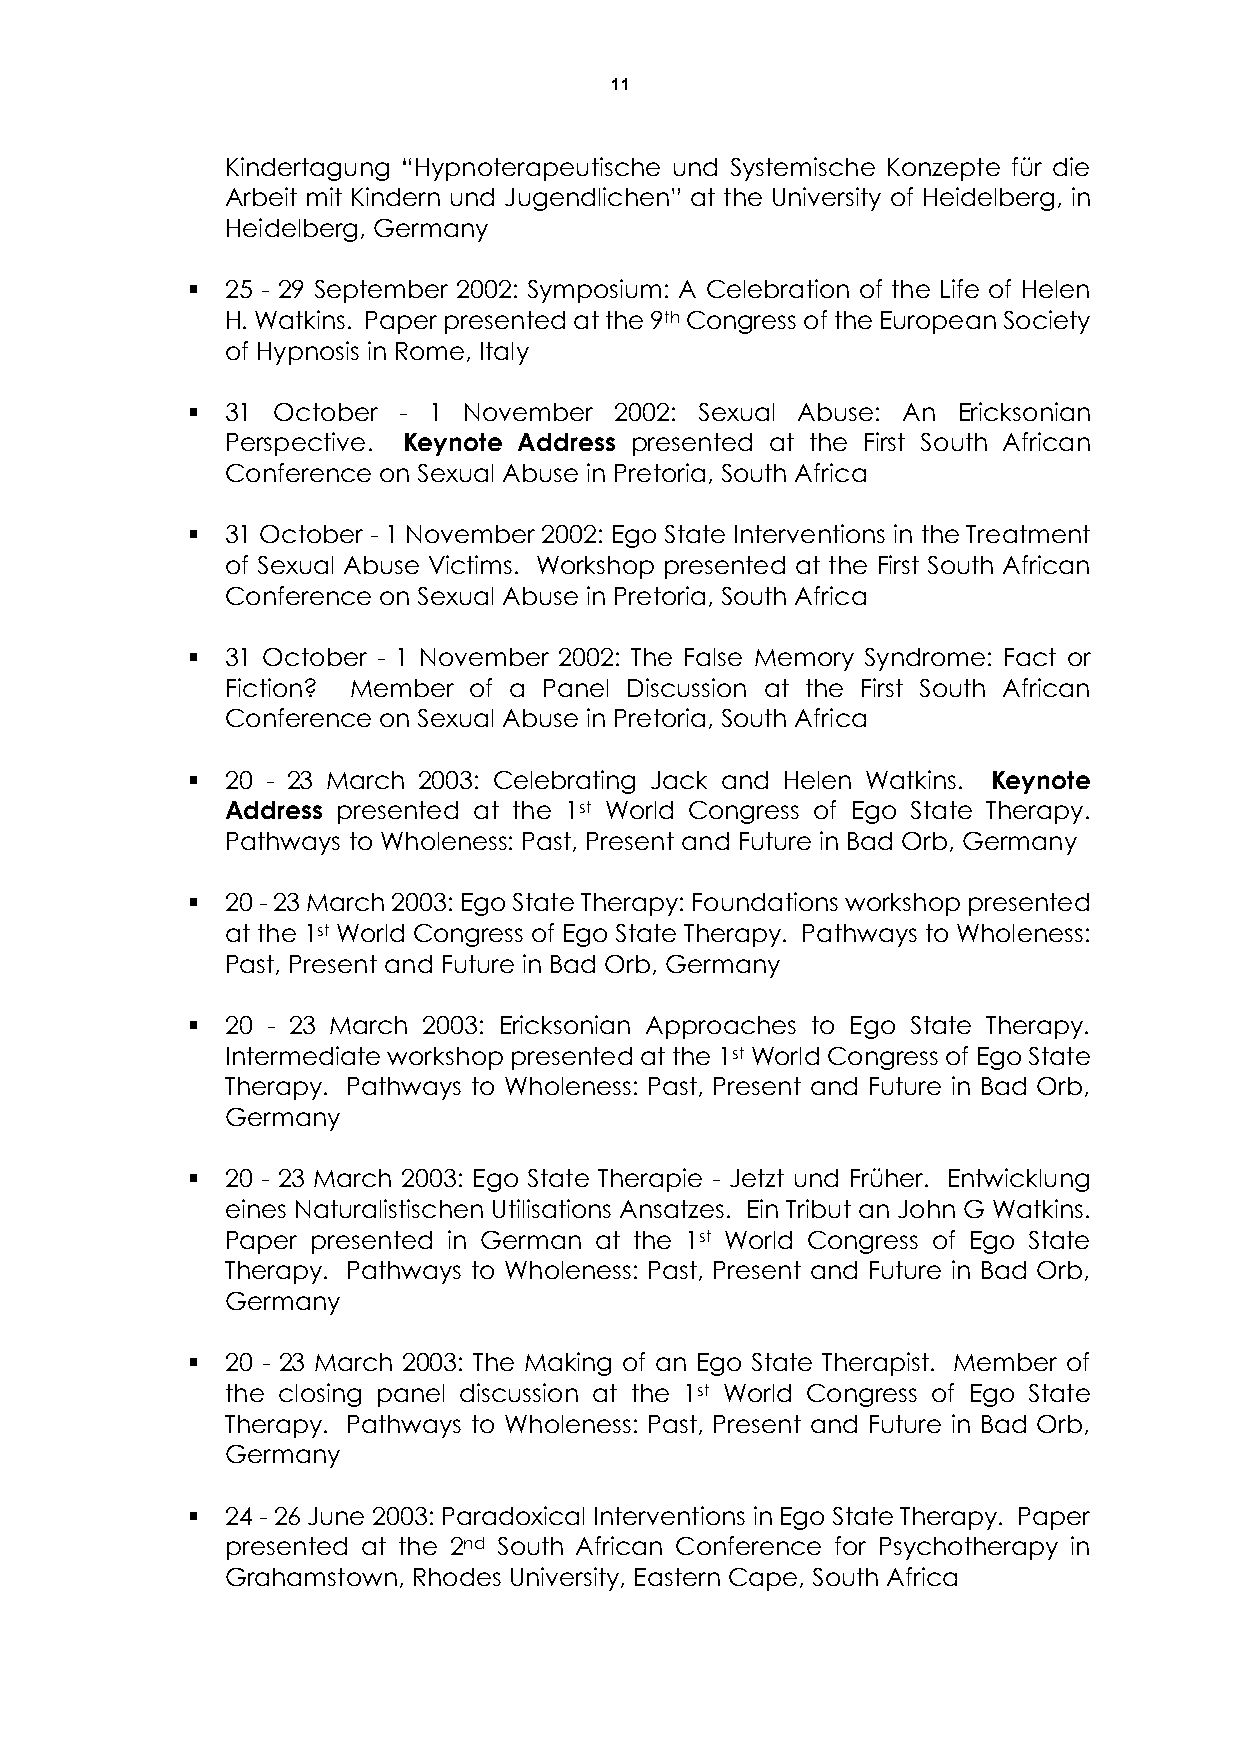
11
 Kindertagung “Hypnoterapeutische und Systemische Konzepte für die
 Arbeit mit Kindern und Jugendlichen” at the University of Heidelberg, in
 Heidelberg, Germany
   25 - 29 September 2002: Symposium: A Celebration of the Life of Helen
 H. Watkins. Paper presented at the 9th Congress of the European Society
 of Hypnosis in Rome, Italy
   31 October - 1  November  2002: Sexual Abuse: An Ericksonian
 Perspective. Keynote Address presented at the First South African
 Conference on Sexual Abuse in Pretoria, South Africa
   31 October - 1 November 2002: Ego State Interventions in the Treatment
 of Sexual Abuse Victims. Workshop presented at the First South African
 Conference on Sexual Abuse in Pretoria, South Africa
   31 October - 1 November 2002: The False Memory Syndrome: Fact or
 Fiction? Member of a Panel Discussion at the First South African
 Conference on Sexual Abuse in Pretoria, South Africa
   20 - 23 March 2003: Celebrating Jack and Helen Watkins. Keynote
 Address presented at the 1st World Congress of Ego State Therapy.
 Pathways to Wholeness: Past, Present and Future in Bad Orb, Germany
   20 - 23 March 2003: Ego State Therapy: Foundations workshop presented
 at the 1st World Congress of Ego State Therapy. Pathways to Wholeness:
 Past, Present and Future in Bad Orb, Germany
   20 - 23 March 2003: Ericksonian Approaches to Ego State Therapy.
 Intermediate workshop presented at the 1st World Congress of Ego State
 Therapy. Pathways to Wholeness: Past, Present and Future in Bad Orb,
 Germany
   20 - 23 March 2003: Ego State Therapie - Jetzt und Früher. Entwicklung
 eines Naturalistischen Utilisations Ansatzes. Ein Tribut an John G Watkins.
 Paper presented in German at the 1st World Congress of Ego State
 Therapy. Pathways to Wholeness: Past, Present and Future in Bad Orb,
 Germany
   20 - 23 March 2003: The Making of an Ego State Therapist. Member of
 the closing panel discussion at the 1st World Congress of Ego State
 Therapy. Pathways to Wholeness: Past, Present and Future in Bad Orb,
 Germany
   24 - 26 June 2003: Paradoxical Interventions in Ego State Therapy. Paper
 presented at the 2nd South African Conference for Psychotherapy in
 Grahamstown, Rhodes University, Eastern Cape, South Africa